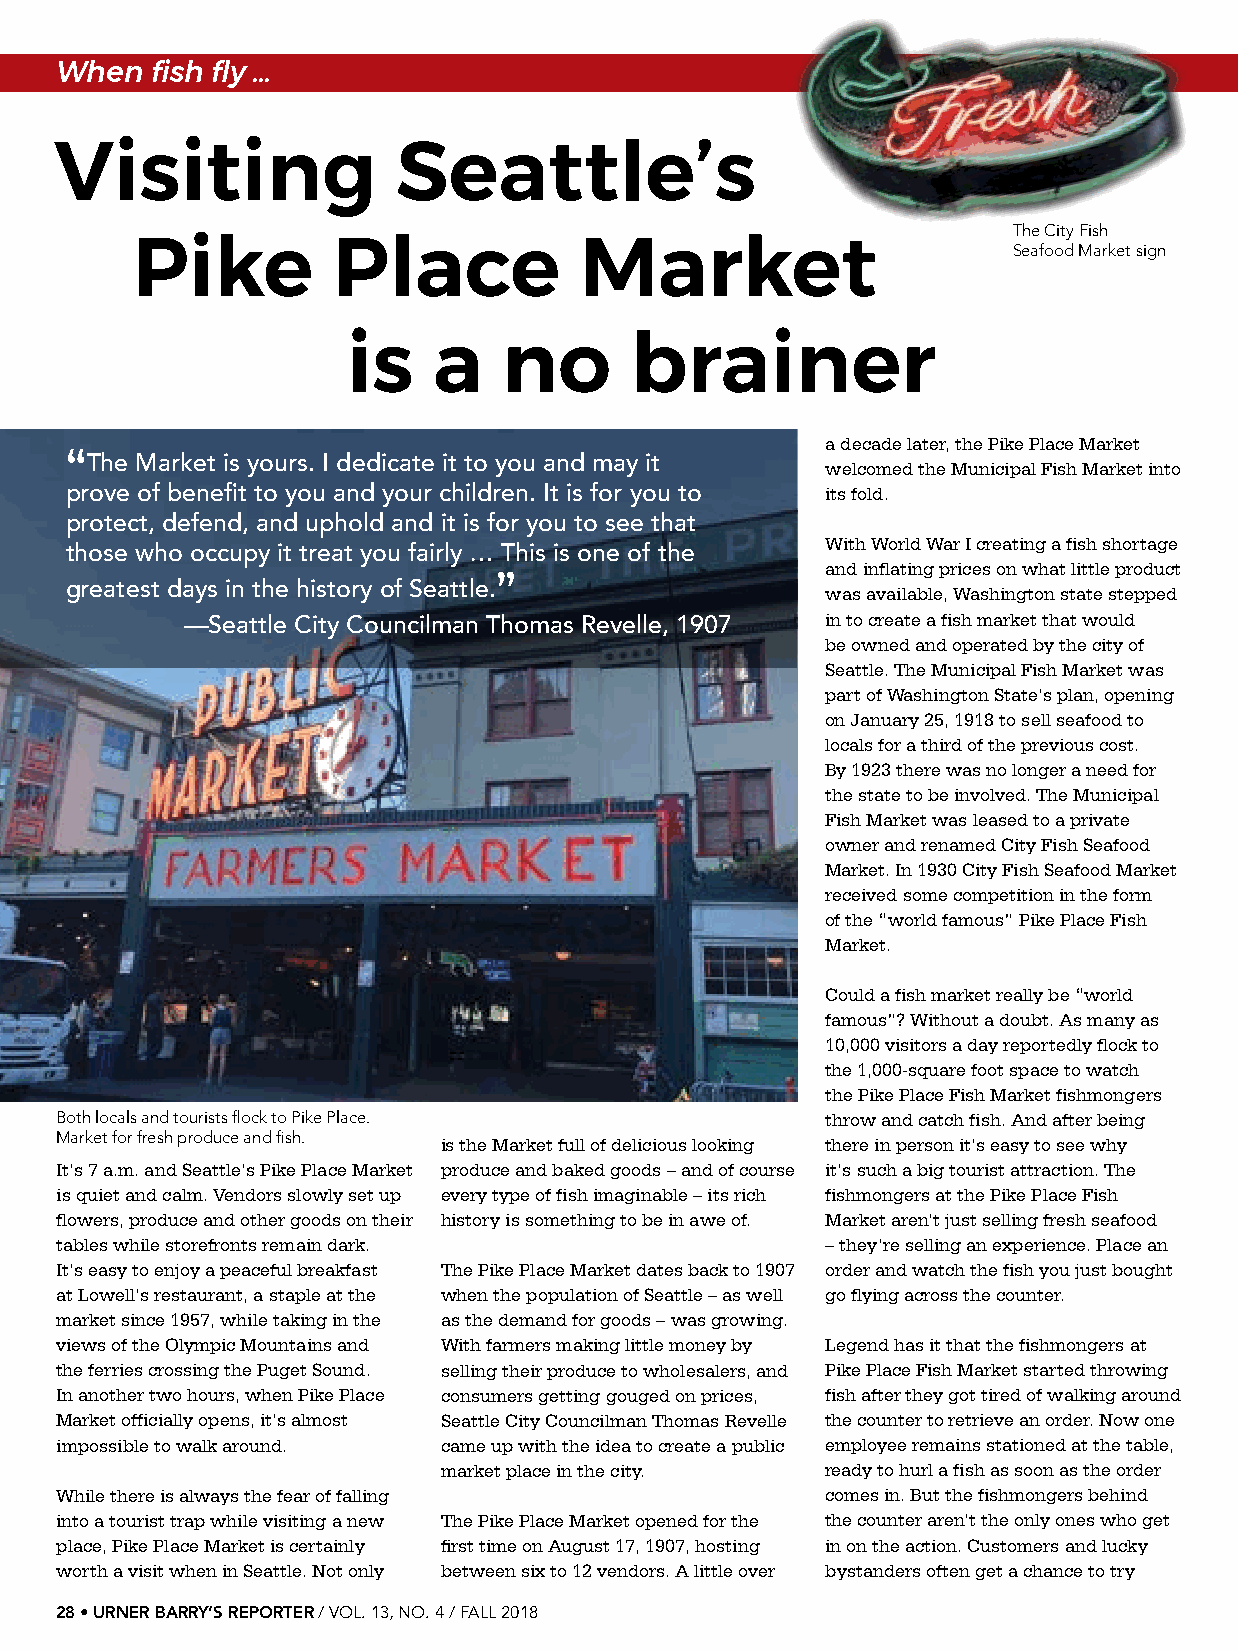
When  fish fly …
 Visiting              Seattle’s
 The City Fish
 Pike         Place           Market                       Seafood Market sign
 is    a   no       brainer
 a decade later, the Pike Place Market
 “
 The Market is yours. I dedicate it to you and may it
 welcomed the Municipal Fish Market into
 prove of benefit to you and your children. It is for you to its fold.
 protect, defend, and uphold and it is for you to see that
 With World War I creating a fish shortage
 those who occupy it treat you fairly … This is one of the
 and inflating prices on what little product
 ”
 greatest days in the history of Seattle.
 was available, Washington state stepped
 —Seattle City Councilman Thomas Revelle, 1907 in to create a fish market that would
 be owned and operated by the city of
 Seattle. The Municipal Fish Market was
 part of Washington State’s plan, opening
 on January 25, 1918 to sell seafood to
 locals for a third of the previous cost.
 By 1923 there was no longer a need for
 the state to be involved. The Municipal
 Fish Market was leased to a private
 owner and renamed City Fish Seafood
 Market. In 1930 City Fish Seafood Market
 received some competition in the form
 of the “world famous” Pike Place Fish
 Market.
 Could a fish market really be “world
 famous”? Without a doubt. As many as
 10,000 visitors a day reportedly flock to
 the 1,000-square foot space to watch
 the Pike Place Fish Market fishmongers
 Both locals and tourists flock to Pike Place.      throw and catch fish. And after being
 Market for fresh produce and fish.
 is the Market full of delicious looking there in person it’s easy to see why
 It’s 7 a.m. and Seattle’s Pike Place Market produce and baked goods – and of course it’s such a big tourist attraction. The
 is quiet and calm. Vendors slowly set up every type of fish imaginable – its rich fishmongers at the Pike Place Fish
 flowers, produce and other goods on their history is something to be in awe of. Market aren’t just selling fresh seafood
 tables while storefronts remain dark.              – they’re selling an experience. Place an
 It’s easy to enjoy a peaceful breakfast The Pike Place Market dates back to 1907 order and watch the fish you just bought
 at Lowell’s restaurant, a staple at the when the population of Seattle – as well go flying across the counter.
 market since 1957, while taking in the as the demand for goods – was growing.
 views of the Olympic Mountains and With farmers making little money by Legend has it that the fishmongers at
 the ferries crossing the Puget Sound. selling their produce to wholesalers, and Pike Place Fish Market started throwing
 In another two hours, when Pike Place consumers getting gouged on prices, fish after they got tired of walking around
 Market officially opens, it’s almost Seattle City Councilman Thomas Revelle the counter to retrieve an order. Now one
 impossible to walk around. came up with the idea to create a public employee remains stationed at the table,
 market place in the city. ready to hurl a fish as soon as the order
 While there is always the fear of falling          comes in. But the fishmongers behind
 into a tourist trap while visiting a new The Pike Place Market opened for the the counter aren’t the only ones who get
 place, Pike Place Market is certainly first time on August 17, 1907, hosting in on the action. Customers and lucky
 worth a visit when in Seattle. Not only between six to 12 vendors. A little over bystanders often get a chance to try
 28 • URNER BARRY’S REPORTER / VOL. 13, NO. 4 / FALL 2018